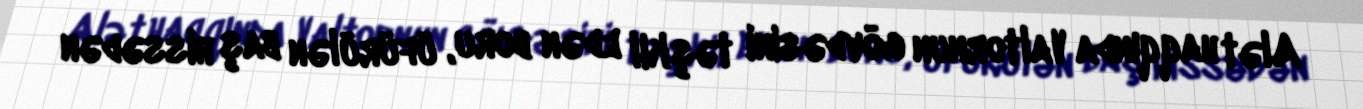
Alət haqqında Valtornun gövdəsini təşkil edən boru, üfürülən baş hissədən